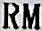
RM